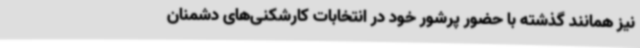
نیز همانند گذشته با حضور پرشور خود در انتخابات کارشکنی‌های دشمنان